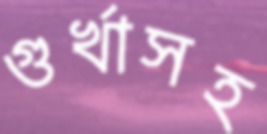
গুর্খাসহ